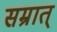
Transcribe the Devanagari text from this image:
सम्रात्